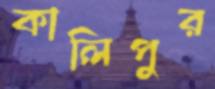
কালিপুর